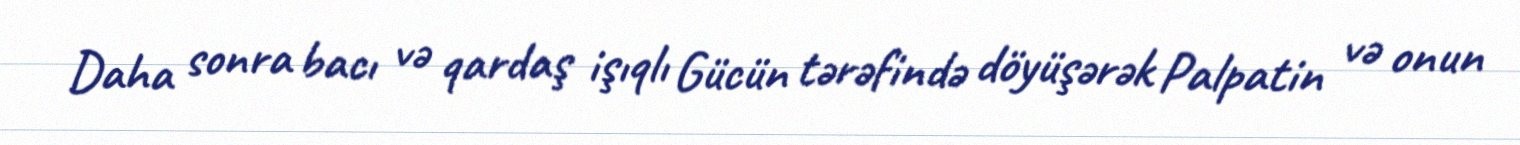
Daha sonra bacı və qardaş işıqlı Gücün tərəfində döyüşərək Palpatin və onun